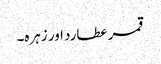
قمر عطارد اور زہرہ۔